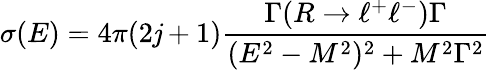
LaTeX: \sigma(E)=4\pi(2\mathit{j}+1)\frac{{\Gamma(R\to\ell^{+}\ell^{-})\Gamma}}{{(E^{2}-M^{2})^{2}+M^{2}\Gamma^{2}}}